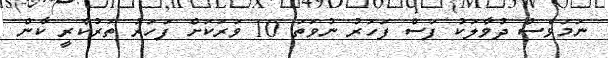
ނަމަވެސް ދުވާލަކު ފަސް ފަހަރު ނުވަތަ 10 ވަރަކަށް ފަހަރު ތަރުކާރީ ކާން